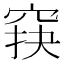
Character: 䆢